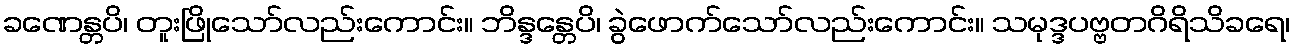
ခဏေန္တပိ၊ တူးဖြိုသော်လည်းကောင်း။ ဘိန္ဒန္တေပိ၊ ခွဲဖောက်သော်လည်းကောင်း။ သမုဒ္ဒပဗ္ဗတဂိရိသိခရေ၊